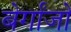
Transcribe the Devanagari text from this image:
बेर्गांजो